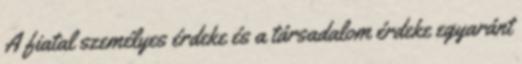
A fiatal személyes érdeke és a társadalom érdeke egyaránt